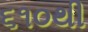
૬૧૦થી